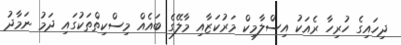
ދިހައިގެ ހުރިހާ ރެއަކު އިސްލާމިކް މަރުކަޒާއި މާލޭގެ ބައެއް މިސްކިތްތަކުގައި ދަމު ނަމާދު